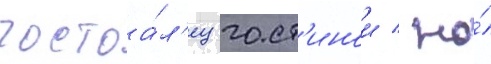
постоа́л'ец гост'инои / но́